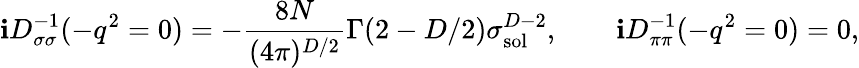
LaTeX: \mathbf{i}D_{\sigma\sigma}^{-1}(-q^{2}=0)=-\frac{{8N}}{{(4\pi)^{D/2}}}\Gamma(2-D/2)\sigma_{\mathrm{{sol}}}^{D-2},\qquad\mathbf{i}D_{\pi\pi}^{-1}(-q^{2}=0)=0,